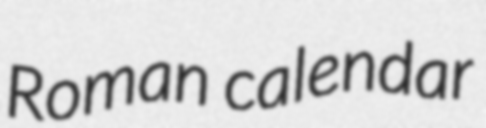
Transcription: Roman calendar